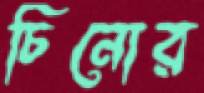
চিনোর